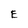
Character: E